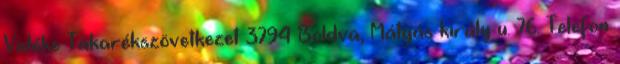
Vidéke Takarékszövetkezet 3794 Boldva, Mátyás király u. 76. Telefon